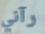
رآني